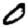
Digit: 0